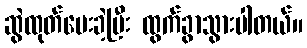
ဆွဲထုတ်ပေးခဲ့ပြီး ထွက်ခွာသွားပါတယ်။